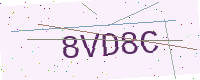
Text: 8VD8C